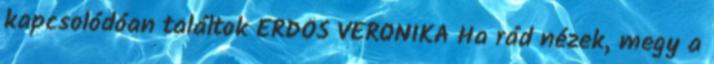
kapcsolódóan találtok ERDŐS VERONIKA Ha rád nézek, megy a